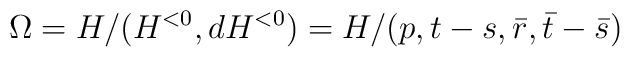
\Omega = H/ (H^{<0}, dH^{<0}) = H/(p,t-s,\bar r,\bar t-\bar s)